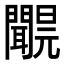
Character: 𨷝